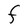
Character: F